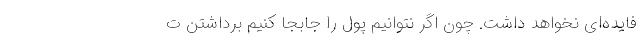
فایده‌ای نخواهد داشت. چون اگر نتوانیم پول را جابجا کنیم برداشتن ت